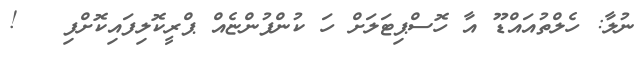
ނުލާ: ހެލްތުއައްޑޫ އާ ހޮސްޕިޓަލަށް ހަ ކުންފުންޏެއް ޕްރީކޮލިފައިކޮށްފި   !